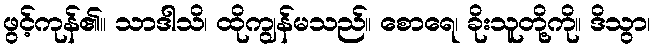
ဖွင့်ကုန်၏။ သာဒါသိ၊ ထိုကျွန်မသည်။ စောရေ၊ ခိုးသူတို့ကို။ ဒိသွာ၊